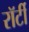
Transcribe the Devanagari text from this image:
रॉर्टी